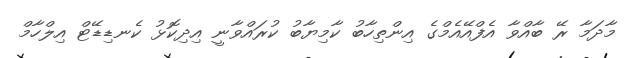
މާދަމާ ރޭ ބާއްވާ އެފްއޭއެމްގެ އިންތިހާބު ކާމިޔާބު ކުރައްވާނީ އިދިކޮޅު ކެނޑިޑޭޓް އިލްހާމް